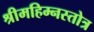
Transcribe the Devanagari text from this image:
श्रीमहिम्नस्तोत्र